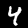
Label: 4